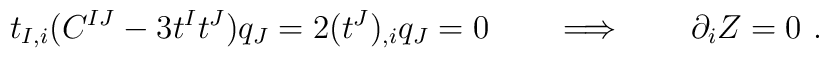
t_{I,i}   (C^{IJ}- 3 t^I t^J) q_J= 2 (t^J)_{,i} q_J =0 \qquad \Longrightarrow\qquad \partial_i Z=0 \ .